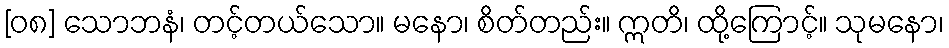
[၀၈] သောဘနံ၊ တင့်တယ်သော။ မနော၊ စိတ်တည်း။ ဣတိ၊ ထို့ကြောင့်။ သုမနော၊